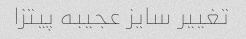
تغییر سایز عجیبه پیتزا